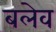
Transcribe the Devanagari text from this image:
बलेव